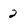
Character: 2